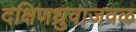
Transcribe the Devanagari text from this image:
दक्षिणध्रुवाजवळ